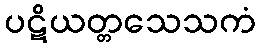
ပဋိယတ္တသေသကံ